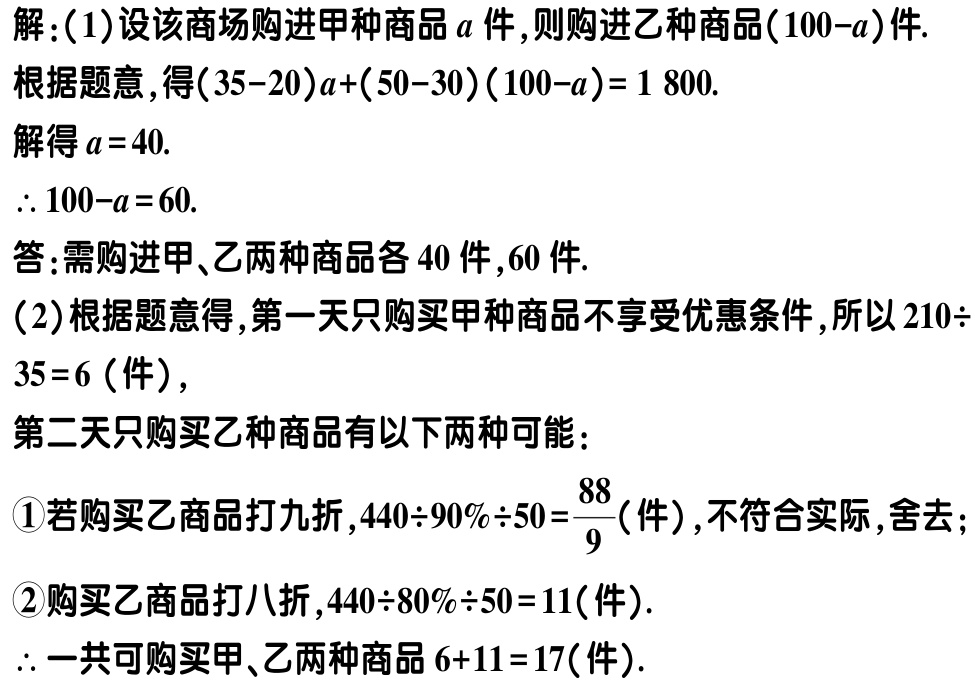
解：(1)设该商场购进甲种商品\(a\)件，则购进乙种商品\((100 - a)\)件.
根据题意，得\((35 - 20)a+(50 - 30)(100 - a)=1800\).
解得\(a = 40\).
\(\therefore 100 - a = 60\).
答：需购进甲、乙两种商品各\(40\)件，\(60\)件.
(2)根据题意得，第一天只购买甲种商品不享受优惠条件，所以\(210\div35 = 6\)（件），
第二天只购买乙种商品有以下两种可能：
\textcircled{1}若购买乙商品打九折，\(440\div90\%\div50=\frac{88}{9}\)（件），不符合实际，舍去；
\textcircled{2}购买乙商品打八折，\(440\div80\%\div50 = 11\)（件）.
\(\therefore\)一共可购买甲、乙两种商品\(6 + 11 = 17\)（件）.